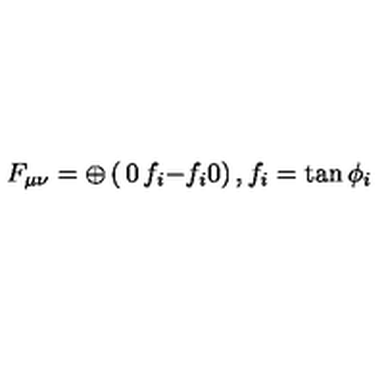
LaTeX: F _ { \mu \nu } = \oplus \left( \begin{matrix} { 0 } & { f _ { i } } \\ { - f _ { i } } & { 0 } \\ \end{matrix} \right) , f _ { i } = \tan { \phi _ { i } }